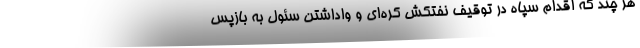
هر چند که اقدام سپاه در توقیف نفتکش کره‌ای و واداشتن سئول به بازپس